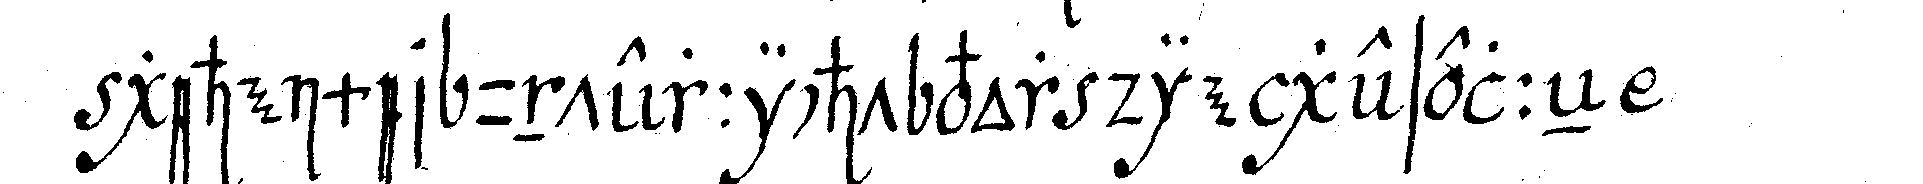
geheimer unterricht vor die geselleN